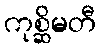
ကုစ္ဆိမတီ